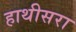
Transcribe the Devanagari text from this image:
हाथीसरा